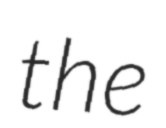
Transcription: the